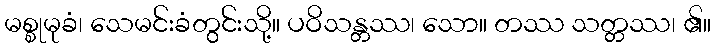
မစ္စုမုခံ၊ သေမင်းခံတွင်းသို့။ ပဝိသန္တဿ၊ သော။ တဿ သတ္တဿ၊ ၏။